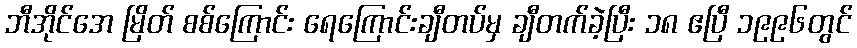
ဘီအိုင်အေ မြိတ် စစ်ကြောင်း ရေကြောင်းချီတပ်မှ ချီတက်ခဲ့ပြီး ၁၈ ဧပြီ ၁၉၉၆တွင်